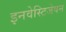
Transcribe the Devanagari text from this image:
इनवेस्टिजेषन